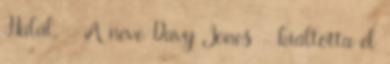
Halál. - A neve Davy Jones - kiáltotta el